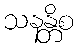
သနန္တိစ